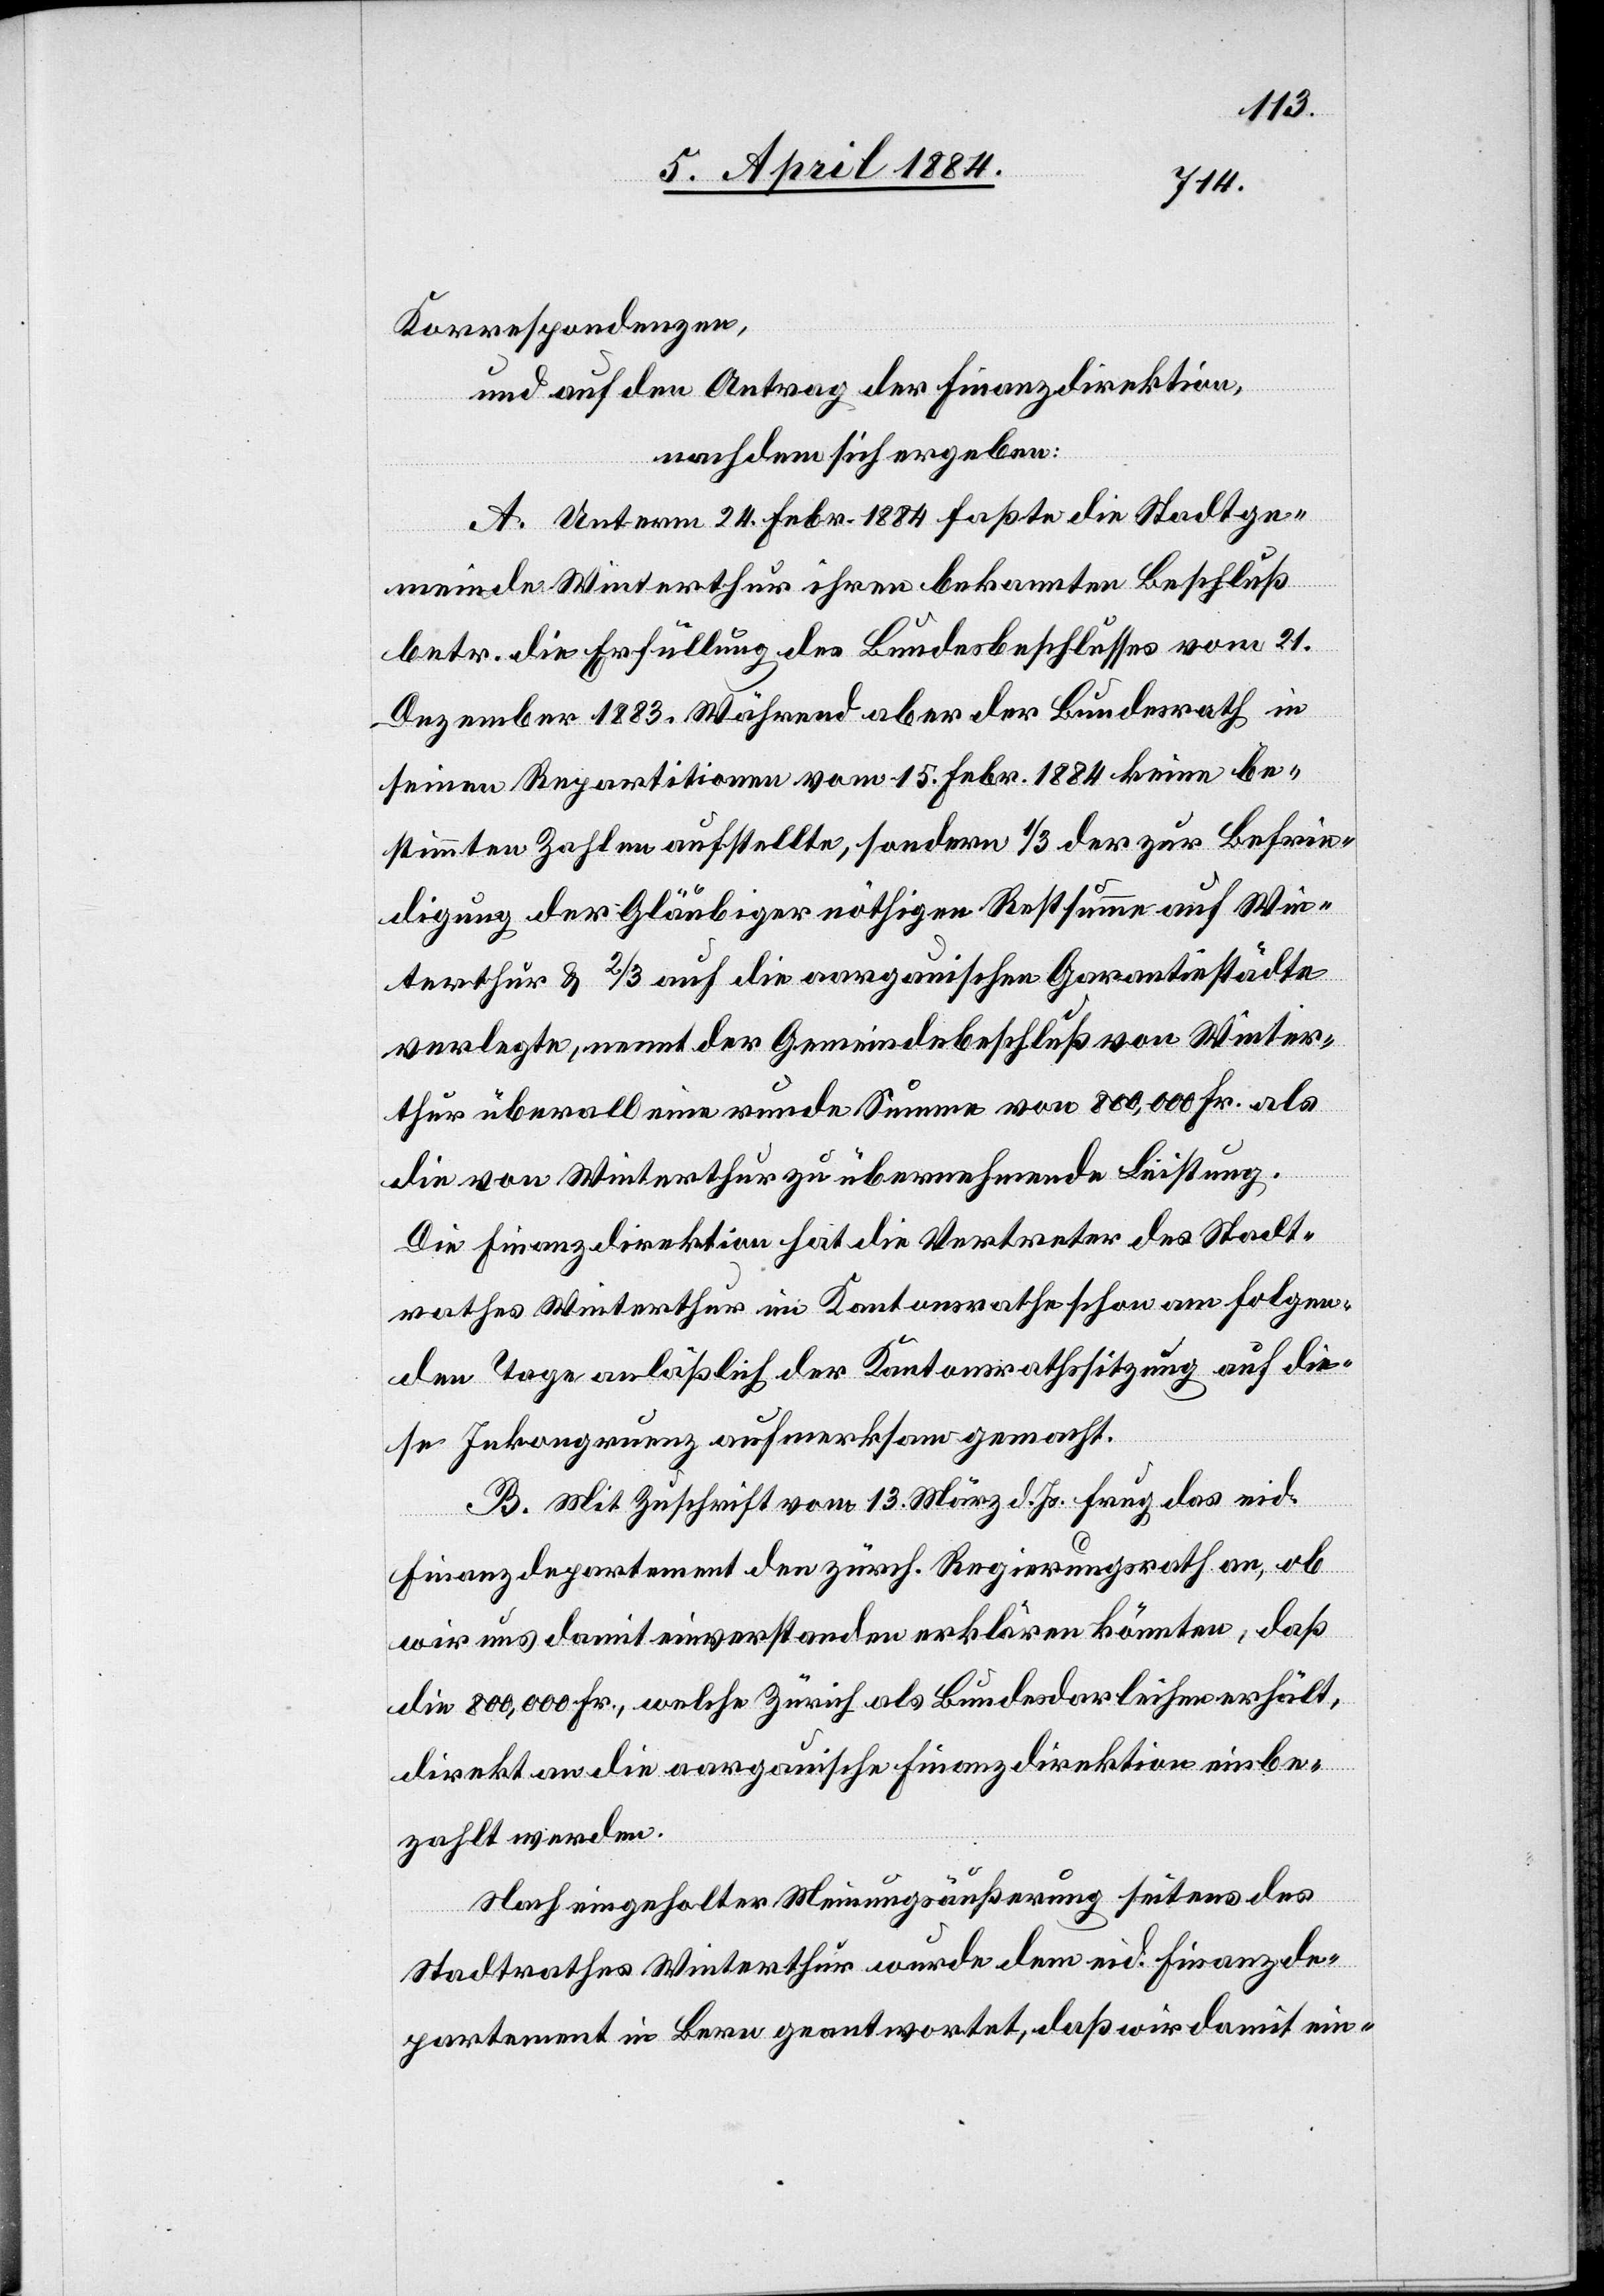
Korrespondenzen,
und auf den Antrag der Finanzdirektion,
nachdem sich ergeben:
A. Unterm 24. Febr. 1884 faßte die Stadtge¬
meinde Winterthur ihren bekannten Beschluß
betr. die Erfüllung des Bundesbeschlusses vom 21.
Dezember 1883. Während aber der Bundesrath in
seinen Repartitionen vom 15. Febr. 1884 keine be¬
stimmten Zahlen aufstellte, sondern 1/3 der zur Befrie¬
digung der Gläubiger nöthigen Restsumme auf Win¬
terthur & 2/3 auf die aargauischen Garantiestädte
verlegte, nennt der Gemeindebeschluß von Winter¬
thur überall eine runde Summe von 800,000 Fr. als
die von Winterthur zu übernehmende Leistung.
Die Finanzdirektion hat die Vertreter des Stadt¬
rathes Winterthur im Kantonsrathe schon am folgen¬
den Tage anläßlich der Kantonsrathssitzung auf die¬
se Inkongruenz aufmerksam gemacht.
B. Mit Zuschrift vom 13. März d. Js. frug das eid.
Finanzdepartement den zürch. Regierungsrath an, ob
wir uns damit einverstanden erklären könnten, daß
die 800,000 Fr., welche Zürich als Bundesdarleihen erhält,
direkt an die aargauische Finanzdirektion einbe¬
zahlt werden.
Nach eingeholter Meinungsäußerungen seitens des
Stadtrathes Winterthur wurde dem eid. Finanzde¬
partement in Bern geantwortet, daß wir damit ein-